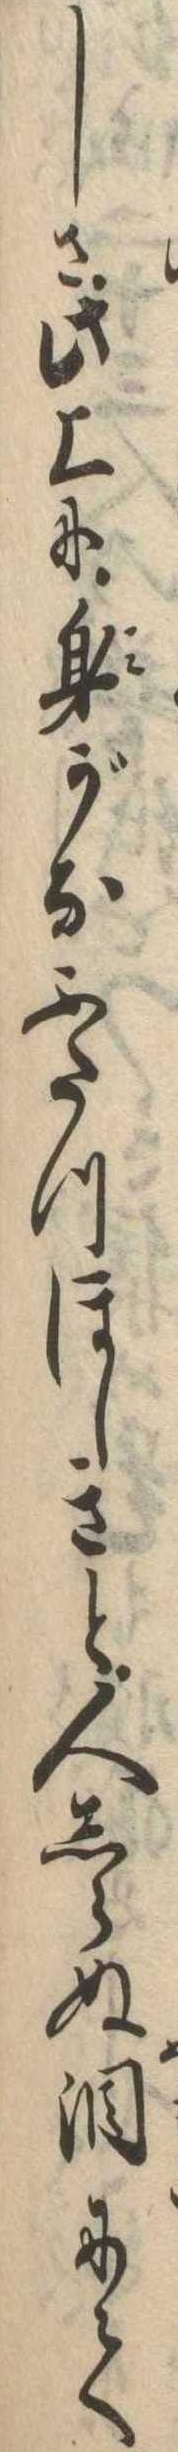
しさ此上に身がなふたつほしきと人しらぬ涙にて